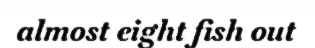
almost eight fish out